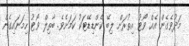
މަދުވެގެން އެއް ވޯޓު އިތުރަށް ލިބޭ ކެންޑިޑޭޓަކު ކަމަށެވެ. ބާތިލް ވޯޓު ހިމަނައިގެން